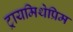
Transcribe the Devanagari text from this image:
ट्रायमिथेप्रिम